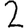
Digit: 2